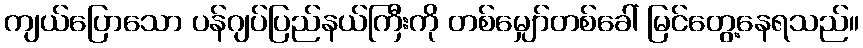
ကျယ်ပြောသော ပန်ဂျပ်ပြည်နယ်ကြီးကို တစ်မျှော်တစ်ခေါ် မြင်တွေ့နေရသည်။